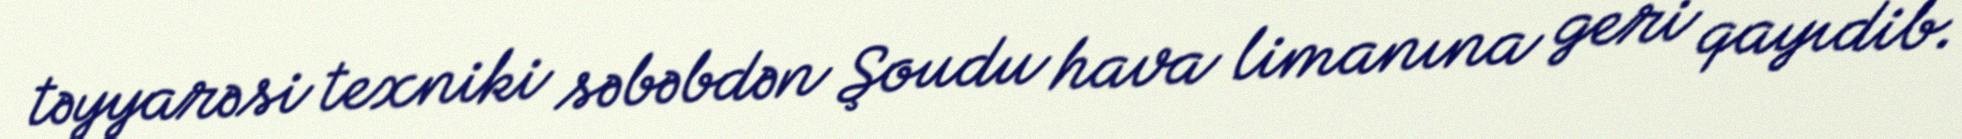
təyyarəsi texniki səbəbdən Şoudu hava limanına geri qayıdib.